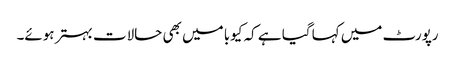
رپورٹ میں کہا گیا ہے کہ کیوبا میں بھی حالات بہتر ہوئے۔